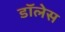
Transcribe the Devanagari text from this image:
डॉलेस